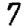
Digit: 7